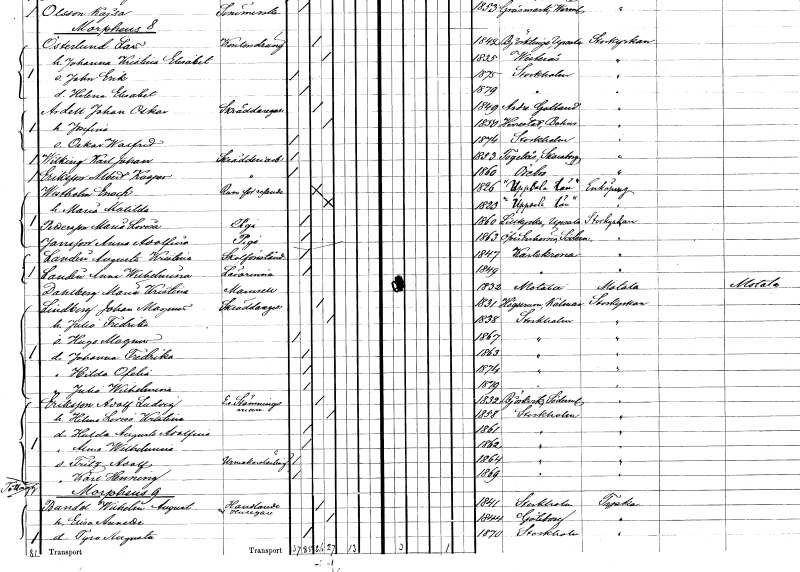
gt_parse: households: individuals: FN: Karl Johan
EN: Wilking
YRKE: Skrädderiarbetare
KON: M
CIV: O
FODAR: 1853
FODFORS: Fågelås Skaraborgs län
FN: Albert Kasper
EN: Eriksson
YRKE: Skrädderiarbetare
KON: M
CIV: O
FODAR: 1860
FODFORS: Örebro Örebro län
FN: Enoch
EN: Westholm
YRKE: Rumsuthyrare
KON: M
CIV: G
FODAR: 1826
FN: Maria Matilda
KON: K
CIV: G
FODAR: 1823
FN: Maria Lovisa
EN: Pettersson
YRKE: Piga
KON: K
CIV: O
FODAR: 1860
FODFORS: Lillkyrka Uppsala län
FN: Anna Adolfina
EN: Jansson
YRKE: Piga
KON: K
CIV: O
FODAR: 1863
FODFORS: Överenhörna Stockholms län
FN: Augusta Kristina
EN: Landin
YRKE: Skolförestånderska
KON: K
CIV: O
FODAR: 1847
FODFORS: Karlskrona Blekinge län
FN: Anna Wilhelmina
EN: Landin
YRKE: Lärarinna
KON: K
CIV: O
FODAR: 1849
FODFORS: Karlskrona Blekinge län
FN: Maria Kristina
EN: Dahlberg
KON: K
CIV: O
FODAR: 1832
FODFORS: Motala Östergötlands län
FN: Johan Magnus
EN: Lindberg
YRKE: Skräddaregesäll
KON: M
CIV: G
FODAR: 1831
FODFORS: Högsrum Kalmar län
FN: Julia Fredrika
KON: K
CIV: G
FODAR: 1838
FODFORS: Stockholm
FN: Hugo Magnus
KON: M
CIV: O
FODAR: 1867
FODFORS: Stockholm
FN: Johanna Fredrika
KON: K
CIV: O
FODAR: 1863
FODFORS: Stockholm
FN: Hilda Ofelia
KON: K
CIV: O
FODAR: 1874
FODFORS: Stockholm
FN: Julia Wilhelmina
KON: K
CIV: O
FODAR: 1879
FODFORS: Stockholm
FN: Adolf Ludvig
EN: Eriksson
YRKE: Stämningsman e. o.
KON: M
CIV: G
FODAR: 1832
FODFORS: Björkvik Södermanlands län
FN: Hilma Lovisa Kristina
KON: K
CIV: G
FODAR: 1858
FODFORS: Stockholm
FN: Hulda Augusta Adolfina
KON: K
CIV: O
FODAR: 1861
FODFORS: Stockholm
FN: Anna Wilhelmina
KON: K
CIV: O
FODAR: 1862
FODFORS: Stockholm
FN: Fritz Adolf
YRKE: Urmakarelärling
KON: M
CIV: O
FODAR: 1864
FODFORS: Stockholm
FN: Karl Henning
KON: M
CIV: O
FODAR: 1869
FODFORS: Stockholm
FN: Wilhelm August
EN: Bandel
YRKE: Handlande Husägare
KON: M
CIV: G
FODAR: 1841
FODFORS: Stockholm
FN: Elisa Amanda
KON: K
CIV: G
FODAR: 1844
FODFORS: Göteborg Göteborgs- och Bohuslän
FN: Tyra Augusta
KON: K
CIV: O
FODAR: 1870
FODFORS: Stockholm